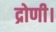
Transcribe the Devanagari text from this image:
द्रोणी।